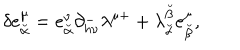
\delta e _ { \breve { \alpha } } ^ { \mu } = e _ { \breve { \alpha } } ^ { \nu } \partial _ { h \nu } ^ { - } \lambda ^ { \mu + } + \lambda _ { \breve { \alpha } } ^ { \breve { \beta } } e _ { \breve { \beta } } ^ { \mu } ,